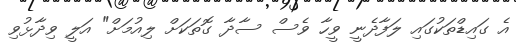
އެ ގައިޑްތަކުގައި ލަފާދެނީ ވީހާ ވެސް ސާދާ ގޮތަކަށް ލިއުމަށް" އަލީ ވިދާޅުވި